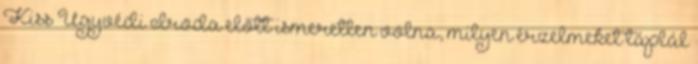
Kiss Ügyvédi Iroda előtt ismeretlen volna, milyen érzelmeket táplál